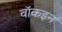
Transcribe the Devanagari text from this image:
वॉकइन